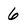
Character: 6